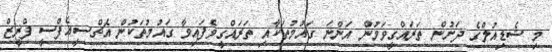
މި ޝެޑިއުލްގެ ދަށުން ތަރައްގީވަމުން އަންނަ ގައުމުތަކާއި ތަރައްގީވެފައިވާ ގައުމުތަކުން އެޗްސީއެފްސީ ފްރީޒް